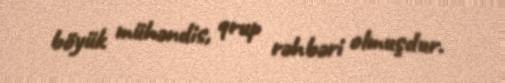
böyük mühəndis, qrup rəhbəri olmuşdur.